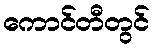
ကောင်တီတွင်